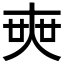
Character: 𡘲